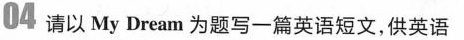
04 请以 My Dream 为题写一篇英语短文,供英语